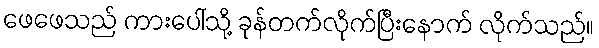
ဖေဖေသည် ကားပေါ်သို့ ခုန်တက်လိုက်ပြီးနောက် လိုက်သည်။